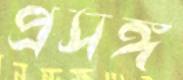
প্রসঙ্গ